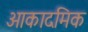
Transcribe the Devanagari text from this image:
आकादमिक